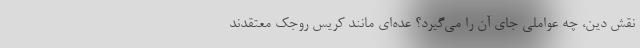
نقش دین، چه عواملی جای آن را می‌گیرد؟ عده‌ای مانند کریس روجک معتقدند